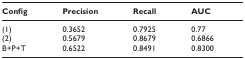
<table><thead><tr><td><b>Config</b></td><td><b>Precision</b></td><td><b>Recall</b></td><td><b>AUC</b></td></tr></thead><tbody><tr><td>(1)</td><td>0.3652</td><td>0.7925</td><td>0.77</td></tr><tr><td>(2)</td><td>0.5679</td><td>0.8679</td><td>0.6866</td></tr><tr><td>B+P+T</td><td>0.6522</td><td>0.8491</td><td>0.8300</td></tr></tbody></table>